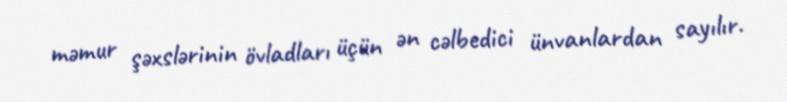
məmur şəxslərinin övladları üçün ən cəlbedici ünvanlardan sayılır.